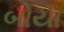
બોયા